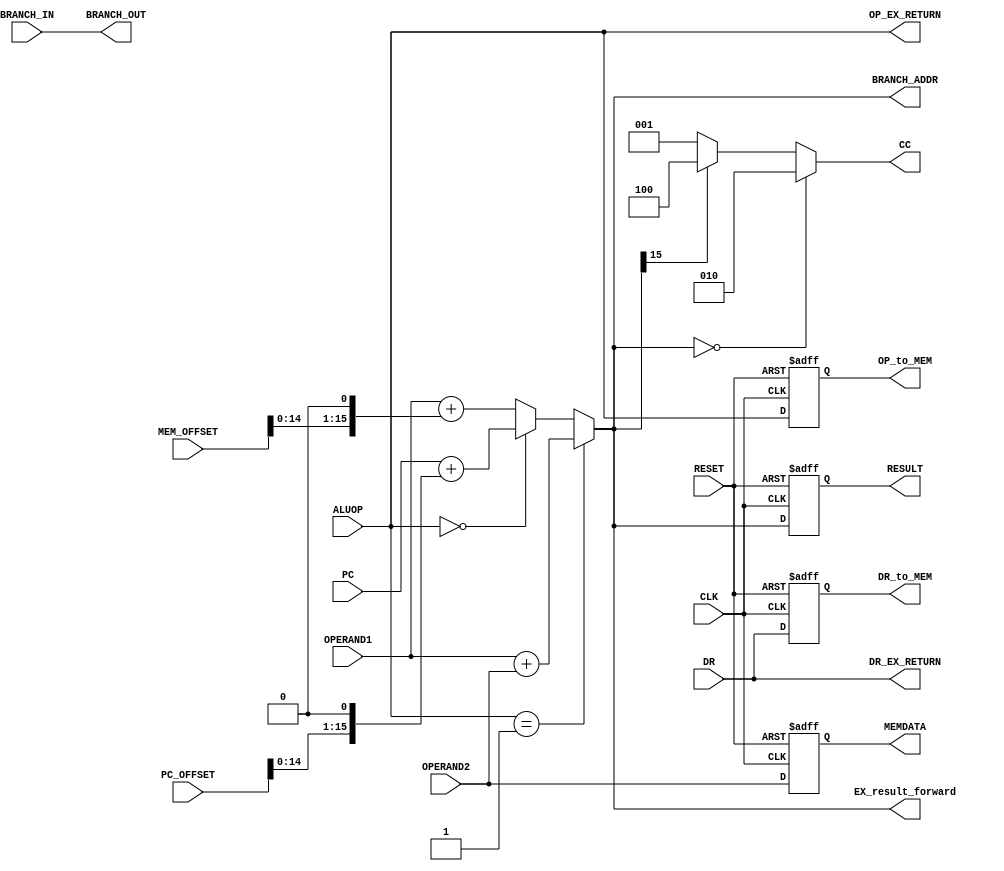
module EX(CLK,RESET,OPERAND1,OPERAND2,DR,OP_EX_RETURN,DR_EX_RETURN,OP_to_MEM,DR_to_MEM,CC,ALUOP,RESULT,PC,PC_OFFSET,MEM_OFFSET,BRANCH_IN,BRANCH_OUT,MEMDATA,BRANCH_ADDR,EX_result_forward);
	input[15:0] OPERAND1,OPERAND2,PC,PC_OFFSET,MEM_OFFSET;
	input[2:0] DR;
	input[1:0] ALUOP;
	input CLK,BRANCH_IN,RESET;
	
	output[1:0] OP_EX_RETURN;
	output[2:0] DR_EX_RETURN;
	output[15:0] BRANCH_ADDR,EX_result_forward;
	output reg[1:0] OP_to_MEM;
	output reg[2:0] DR_to_MEM;
	output reg[15:0] RESULT,MEMDATA;
	output BRANCH_OUT;
	output[2:0] CC;
	
	wire[15:0] RESULT_wire,MEMDATA_wire;
	
	wire[15:0] ALU_result;
	
	assign ALU_result = (ALUOP == 2'b01) ? (OPERAND1 + OPERAND2) : //ADD
				(ALUOP == 2'b00) ? (PC + (PC_OFFSET << 1)): //BR
				(OPERAND1 + (MEM_OFFSET << 1)); //STW or LDW
	assign MEMDATA_wire = OPERAND2;
	assign CC = (ALU_result == 16'b0) ? 3'b010 : (ALU_result[15] == 1) ? 3'b100 : (ALU_result[15] == 0) ? 3'b001 : 3'b000;
	assign RESULT_wire = ALU_result;
	assign OP_EX_RETURN = ALUOP;
	assign DR_EX_RETURN = DR;
	assign BRANCH_OUT = BRANCH_IN;
	assign BRANCH_ADDR = ALU_result;
	assign EX_result_forward = ALU_result;
	initial begin
		RESULT <= 0;
		OP_to_MEM <= 0;
		DR_to_MEM <= 0;
		MEMDATA <= 0;
	end
	always @(posedge CLK or posedge RESET) begin
		if(RESET) begin
		RESULT <= 0;
		OP_to_MEM <= 0;
		DR_to_MEM <= 0;
		MEMDATA <= 0;
		end
		else begin
		RESULT <= RESULT_wire;
		OP_to_MEM <= ALUOP;
		DR_to_MEM <= DR;
		MEMDATA <= MEMDATA_wire;
		end
	end
endmodule